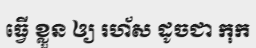
ធ្វើ ខ្លួន ឲ្យ រហ័ស ដូចជា កុក